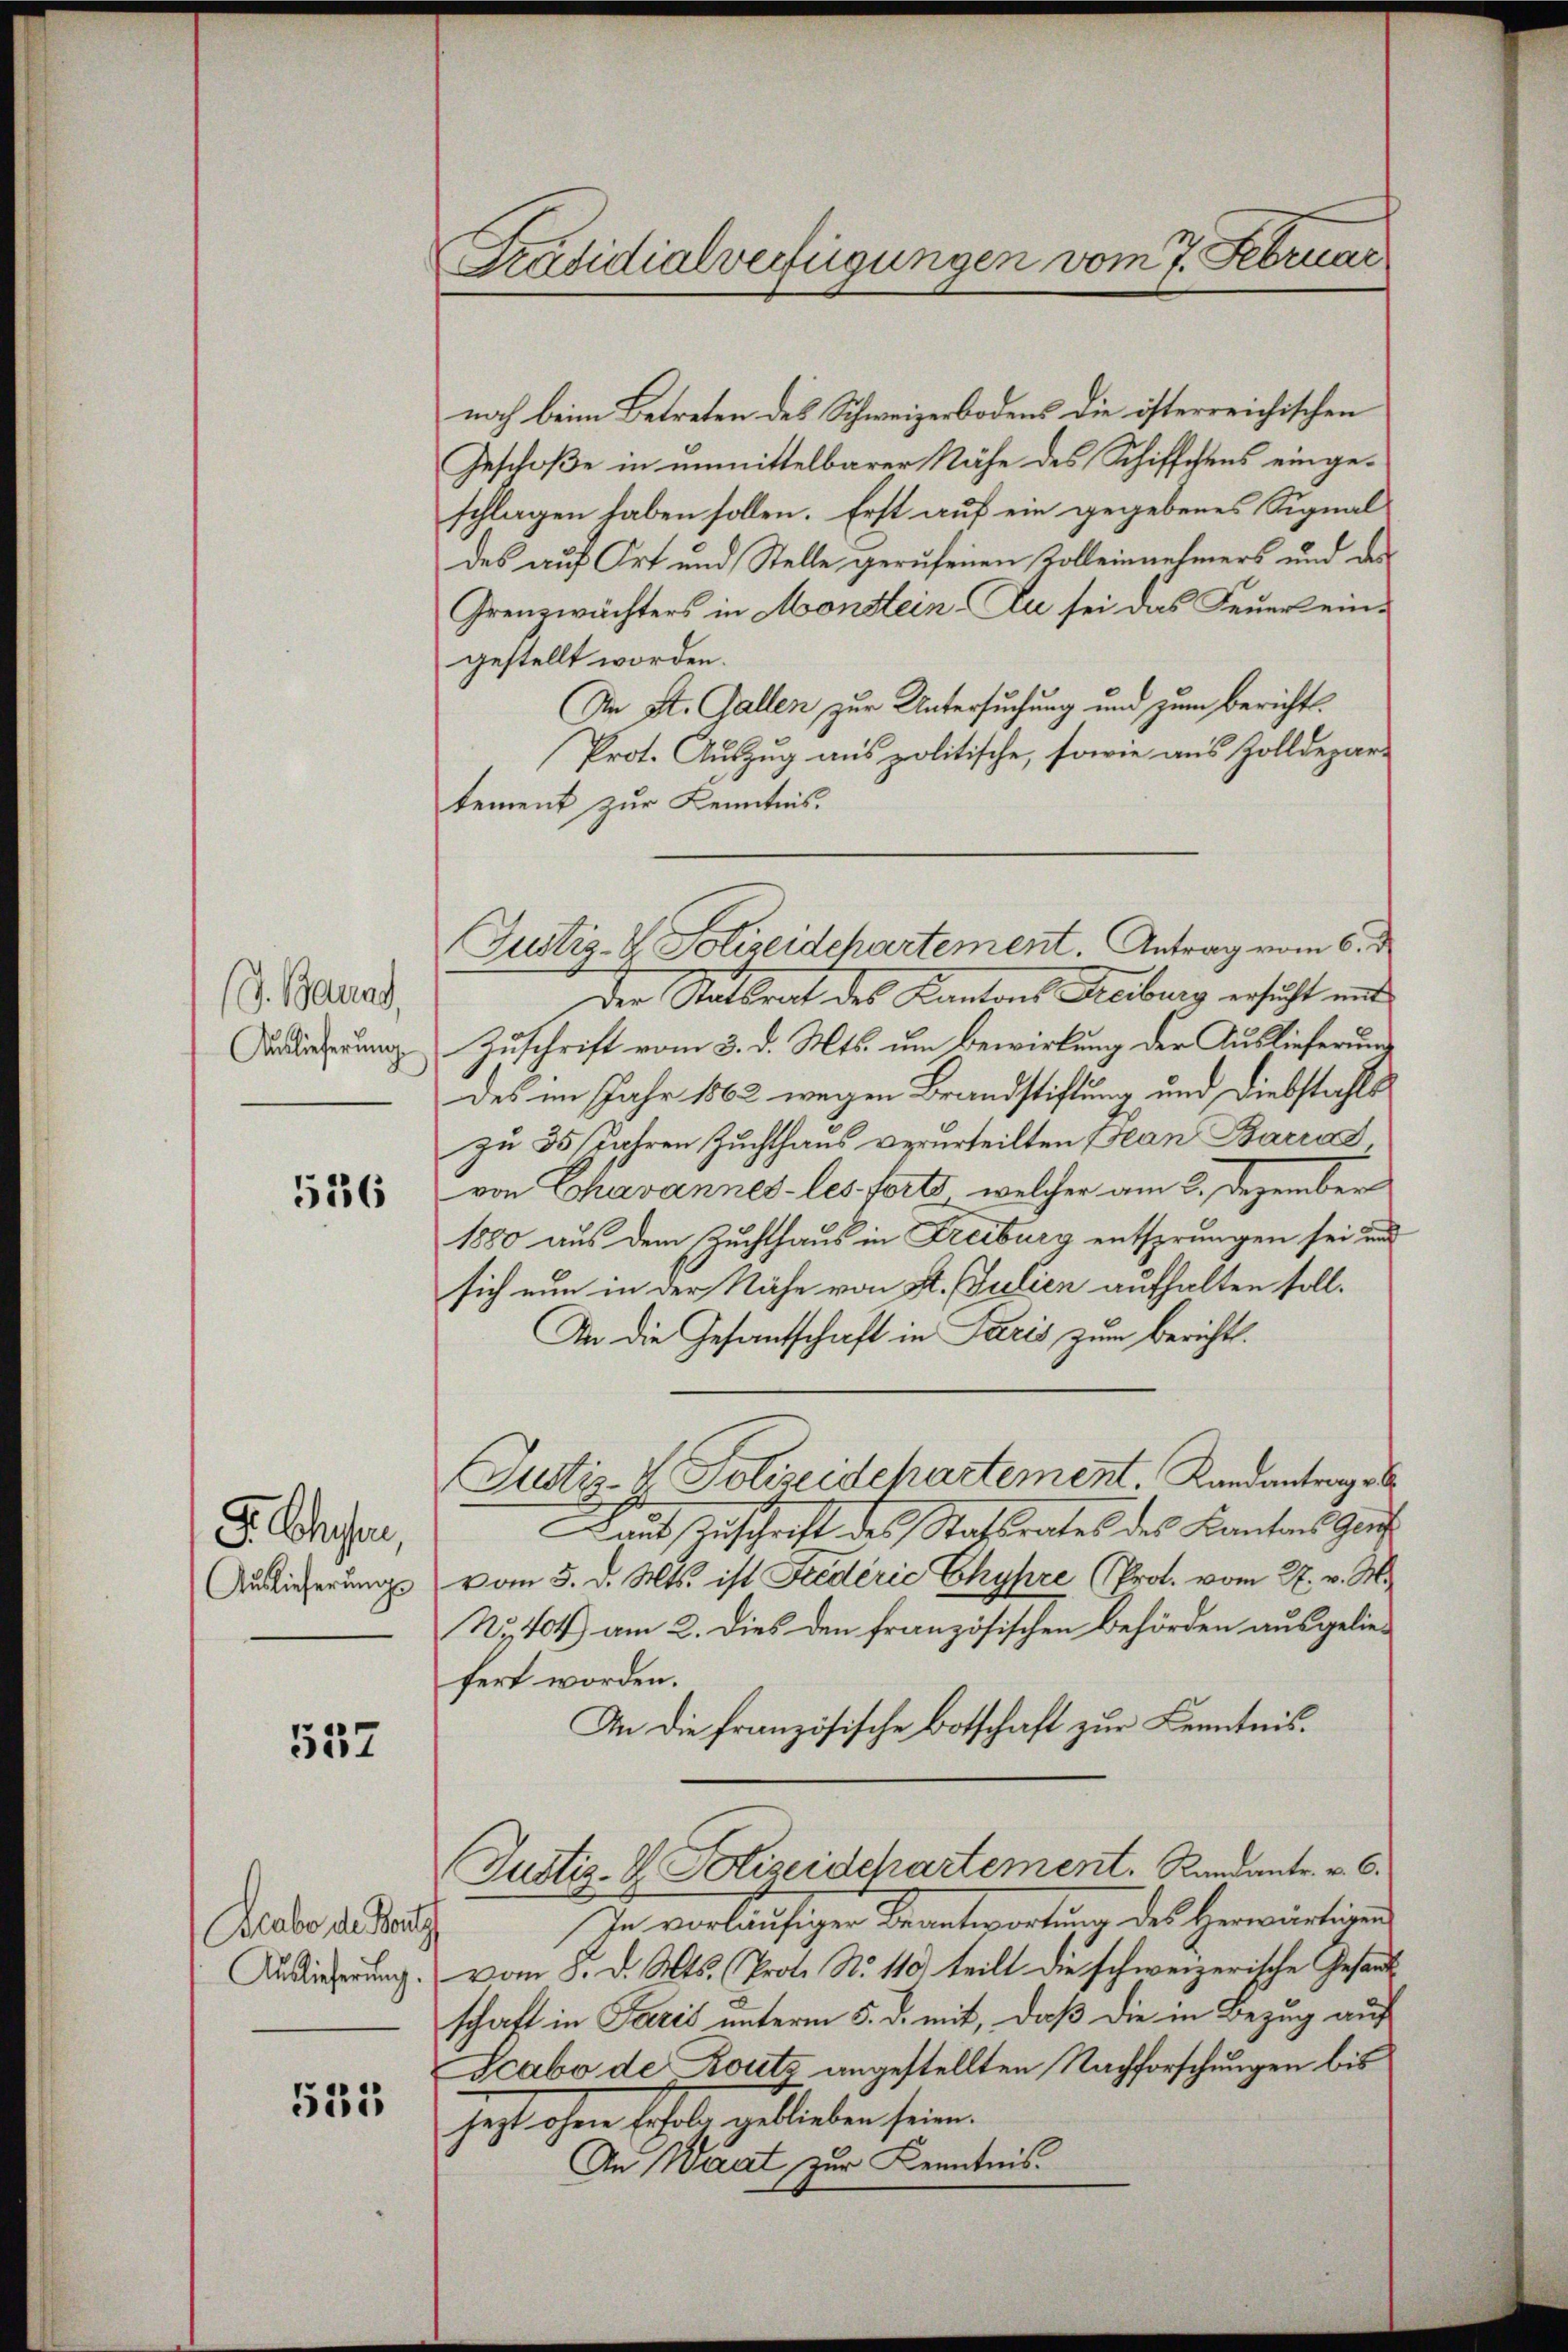
(J. Baund,
Auslieferung

536

8. Ochsen
Auslieferungs

557

Blabe die Baut
Auslicherung.

531

Präsidialverfügungen vom 7. Februar

noch beim Betreten des Schweizerbodens die österreichischen
Geschoße in unmittelbarer Nähe des Schiffchens eingeschlagen haben sollen. Erst auf ein gegebenes Signal
des auf Ort und Stelle gerufenen Kolleinnehmers und der
Grenzwächters in Monstein. Zu sei das Feuerein-
gestellt worden.
An St. Gallen zur Untersuchung und zum Berichts¬
Prot. Auszug aus politische, sowie aus Zolldepar-
tement zur Kenntnis.
Justiz- & Polizeidchartement. Antrag vom 6. d
der Mittrat des Kantons Freiburg ersucht ein
Zuschrift vom 3. d. Mts. um Bewirkung der Auslieferung
des im Jahr 1862 wegen Brandstiftung und Diebstahls
zu 35 Jahren Zuchthaus verurteilten Bean Bacra
von Chavannes- les forts, welcher am 2. Dezember
1880 aus dem Zuchthaus in Freiburg entsprungen sei und
sich nun in der Nähe von St. Julien aufhalten soll.
An die Gesantschaft in Paris zum Bericht.
Justiz- V. Polizeidehartement Randantrage
Laut Zuschrift des Statsrates des Kantons Haus
vom 5. d. Mts. ist Fredérić Chyhre Prot. vom 27. v. M.
No. 404) am 2. Dies den französischen Behörden ausgeliefert worden.
An die Französische Botschaft zur Kenntnis.
Justiz- V. Polizeidchartement. Randante. v. 6.
In vorläufiger Beantwortung des Herwärtigen
vom 8. d. Mts. Prot. No 110) teilt die schweizerische Gesand
schaft in Paris unterm 5. d. mit, daß die in Bezug auf
Scabo de Route angestellten Nachforschungen bis
hestehen schoben hatteten seine
An Waat zur Kenntnis.